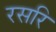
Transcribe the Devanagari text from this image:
रसरि